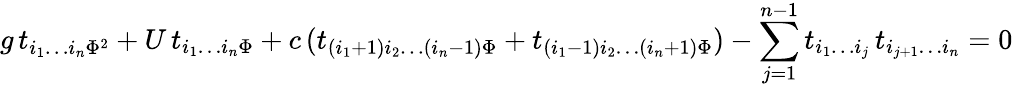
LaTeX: g\, t_{i_{1}\ldots i_{n}\Phi^{2}}+U\, t_{i_{1}\ldots i_{n}\Phi}+c\, (t_{(i_{1}+1)i_{2}\ldots(i_{n}-1)\Phi}+t_{(i_{1}-1)i_{2}\ldots(i_{n}+1)\Phi})-\sum_{j=1}^{n-1}t_{i_{1}\ldots i_{j}}\, t_{i_{j+1}\ldots i_{n}}=0